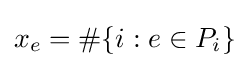
x_{e}=\#\{i:e\in P_{i}\}